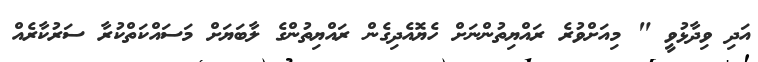
އަދި ވިދާޅުވީ " މިއަށްވުރެ ރައްޔިތުންނަށް ހެޔޮއެދިގެން ރައްޔިތުންގެ ލާބަޔަށް މަސައްކަތްކުރާ ސަރުކާރެއް